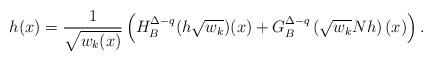
LaTeX: \begin{align*}h(x)=\frac{1}{\sqrt{w_k(x)}}\left(H_B^{\Delta-q}(h\sqrt{w_k})(x)+G_B^{\Delta-q}\left(\sqrt{w_k}Nh\right)(x)\right).\end{align*}